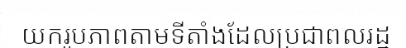
យករូបភាពតាមទីតាំងដែលប្រជាពលរដ្ឋ